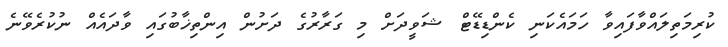
ކުރިމަތިލައްވާފައިވާ ހަމައެކަނި ކެންޑިޑޭޓް ޝަވީދަށް މި ގަރާރުގެ ދަށުން އިންތިޚާބުގައި ވާދައެއް ނުކުރެވޭނެ